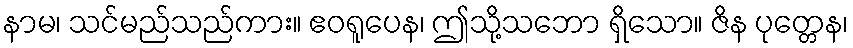
နာမ၊ သင်မည်သည်ကား။ ဧဝရူပေန၊ ဤသို့သဘော ရှိသော။ ဇိန ပုတ္တေန၊